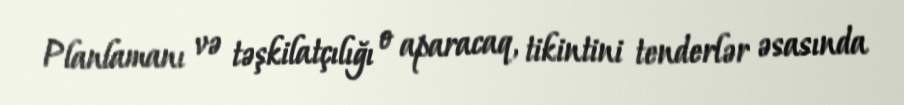
Planlamanı və təşkilatçılığı o aparacaq, tikintini tenderlər əsasında